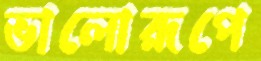
ভালোরূপে